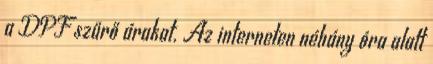
a DPF szűrő árakat. Az interneten néhány óra alatt